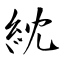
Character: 紞